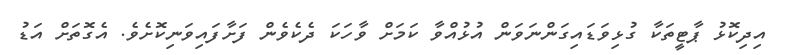
އިދިކޮޅު ޕާޓީތަކާ ގުޅިވަޑައިގަންނަވަން އުޅުއްވާ ކަމަށް ވާހަކަ ދެކެވެން ފަށާފައިވަނިކޮށެވެ. އެގޮތަށް އަޑު